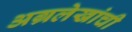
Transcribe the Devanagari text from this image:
अग्रलेखांची